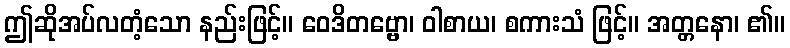
ဤဆိုအပ်လတံ့သော နည်းဖြင့်။ ဝေဒိတဗ္ဗော၊ ဝါစာယ၊ စကားသံ ဖြင့်။ အတ္တနော၊ ၏။